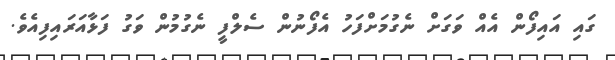
ގައި އައިފޯން އެއް ވަގަށް ނެގުމަށްފަހު އެފޯނުން ސެލްފީ ނެގުމުން ވަގު ފަޅާއަރައިފިއެވެ.